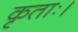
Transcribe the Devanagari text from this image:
कृताः।